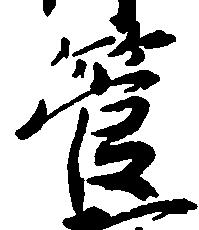
管